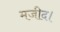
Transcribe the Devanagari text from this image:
मजीद।